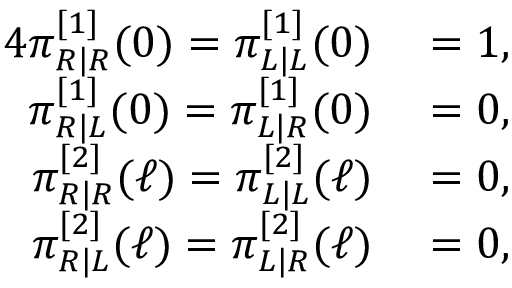
\begin{array} { r l } { { 4 } \pi _ { R | R } ^ { [ 1 ] } ( 0 ) = \pi _ { L | L } ^ { [ 1 ] } ( 0 ) } & { { } = 1 , } \\ { \pi _ { R | L } ^ { [ 1 ] } ( 0 ) = \pi _ { L | R } ^ { [ 1 ] } ( 0 ) } & { { } = 0 , } \\ { \pi _ { R | R } ^ { [ 2 ] } ( \ell ) = \pi _ { L | L } ^ { [ 2 ] } ( \ell ) } & { { } = 0 , } \\ { \pi _ { R | L } ^ { [ 2 ] } ( \ell ) = \pi _ { L | R } ^ { [ 2 ] } ( \ell ) } & { { } = 0 , } \end{array}